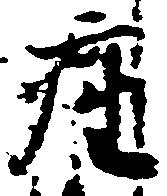
座